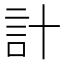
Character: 計